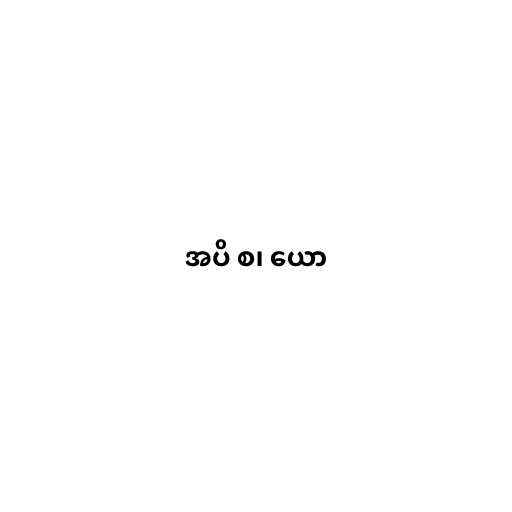
အပိ စ၊ ယော